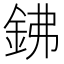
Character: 鉘